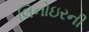
લિનોઇરની